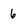
Character: 6